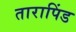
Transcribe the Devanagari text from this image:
तारापिंड